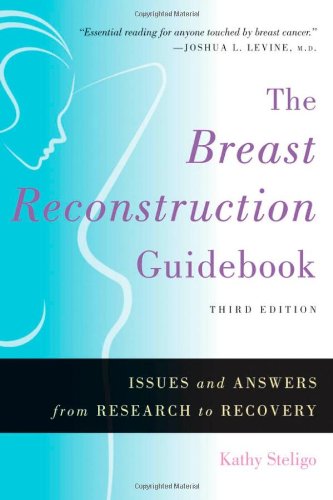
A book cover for The Breast Reconstruction Guidebook: Issues and Answers from Research to Recovery, 3rd Edition; Kathy Steligo; Health, Fitness & Dieting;